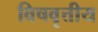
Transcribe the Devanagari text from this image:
विषवृत्तीय